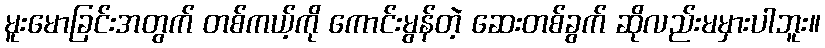
မူးမောခြင်းအတွက် တစ်ကယ့်ကို ကောင်းမွန်တဲ့ ဆေးတစ်ခွက် ဆိုလည်းမမှားပါဘူး။